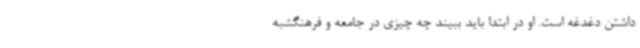
داشتن دغدغه است. او در ابتدا باید ببیند چه چیزی در جامعه و فرهنگشبه